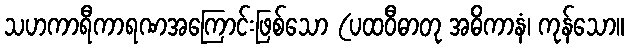
သဟကာရီကာရဏအကြောင်းဖြစ်သော (ပထဝီဓာတု အဓိကာနံ၊ ကုန်သော။